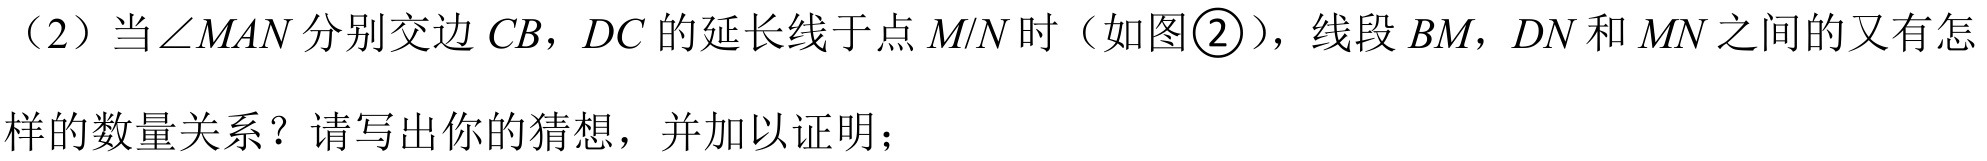
（2）当$\angle MAN$分别交边$CB$，$DC$的延长线于点$M/N$时（如图\textcircled{2}），线段$BM$，$DN$和$MN$之间的又有怎
样的数量关系？请写出你的猜想，并加以证明；